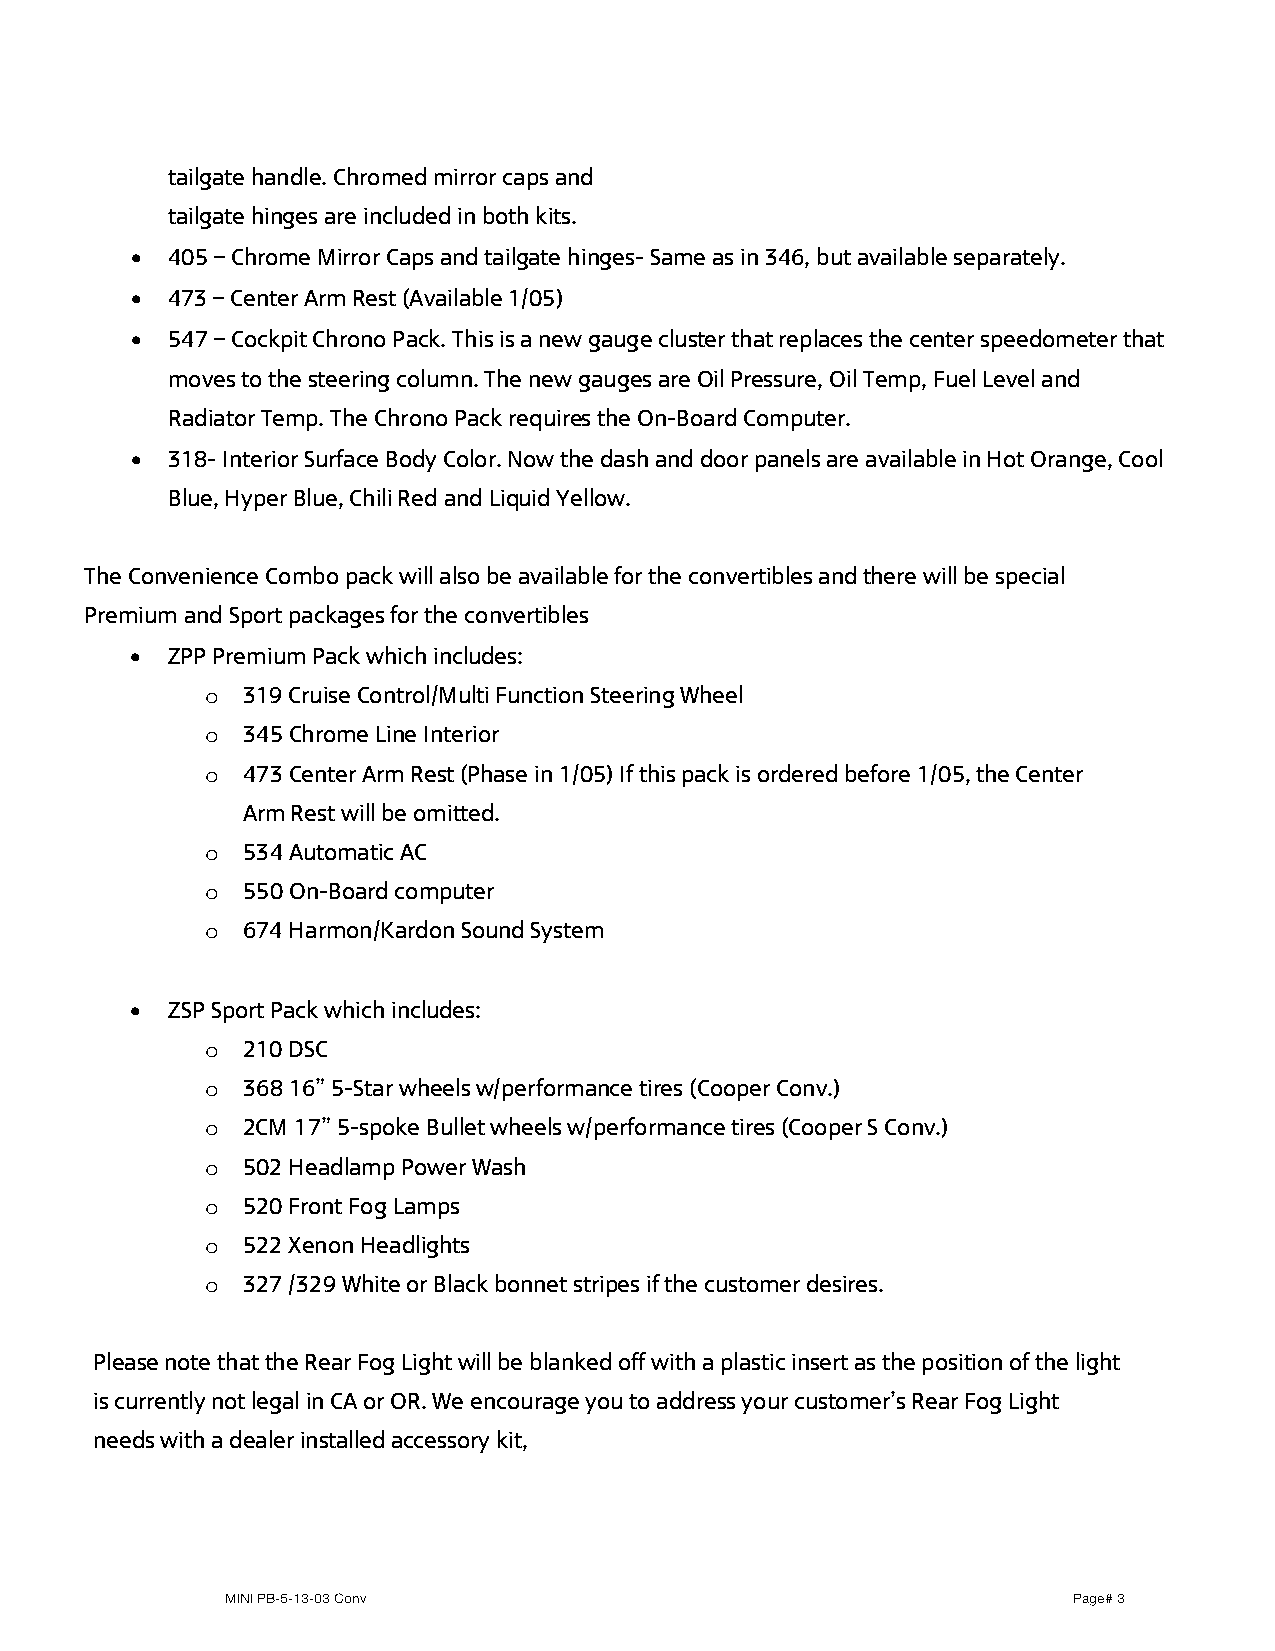
tailgate handle. Chromed mirror caps and
 tailgate hinges are included in both kits.
 • 405 – Chrome Mirror Caps and tailgate hinges- Same as in 346, but available separately.
 • 473 – Center Arm Rest (Available 1/05)
 • 547 – Cockpit Chrono Pack. This is a new gauge cluster that replaces the center speedometer that
 moves to the steering column. The new gauges are Oil Pressure, Oil Temp, Fuel Level and
 Radiator Temp. The Chrono Pack requires the On-Board Computer.
 • 318- Interior Surface Body Color. Now the dash and door panels are available in Hot Orange, Cool
 Blue, Hyper Blue, Chili Red and Liquid Yellow.
 The Convenience Combo pack will also be available for the convertibles and there will be special
 Premium and Sport packages for the convertibles
 • ZPP Premium Pack which includes:
 o 319 Cruise Control/Multi Function Steering Wheel
 o 345 Chrome Line Interior
 o 473 Center Arm Rest (Phase in 1/05) If this pack is ordered before 1/05, the Center
 Arm Rest will be omitted.
 o 534 Automatic AC
 o 550 On-Board computer
 o 674 Harmon/Kardon Sound System
 • ZSP Sport Pack which includes:
 o 210 DSC
 o 368 16” 5-Star wheels w/performance tires (Cooper Conv.)
 o 2CM 17” 5-spoke Bullet wheels w/performance tires (Cooper S Conv.)
 o 502 Headlamp Power Wash
 o 520 Front Fog Lamps
 o 522 Xenon Headlights
 o 327 /329 White or Black bonnet stripes if the customer desires.
 Please note that the Rear Fog Light will be blanked off with a plastic insert as the position of the light
 is currently not legal in CA or OR. We encourage you to address your customer’s Rear Fog Light
 needs with a dealer installed accessory kit,
 MINI PB-5-13-03 Conv                                    Page# 3